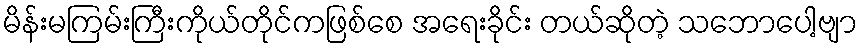
မိန်းမကြမ်းကြီးကိုယ်တိုင်ကဖြစ်စေ အရေးခိုင်း တယ်ဆိုတဲ့ သဘောပေါ့ဗျာ